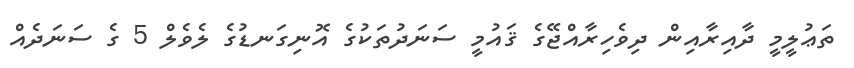
ތަޢުލީމީ ދާއިރާއިން ދިވެހިރާއްޖޭގެ ޤައުމީ ސަނަދުތަކުގެ އޮނިގަނޑުގެ ލެވެލް 5 ގެ ސަނަދެއް